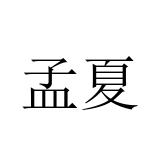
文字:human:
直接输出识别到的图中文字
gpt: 孟夏